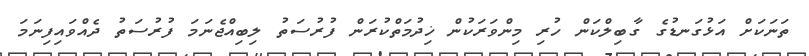
ތަނަކަށް އަޅުގަނޑުގެ ގާބިލްކަން ހުރި މިންވަރަކުން ޚިދުމަތްކުރަން ފުރުސަތު ލިބިއްޖެނަމަ ފުރުސަތު ދެއްވައިފިނަމަ